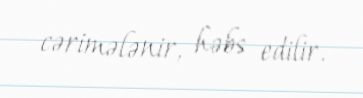
cərimələnir, həbs edilir.